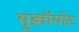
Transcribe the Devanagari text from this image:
युक्रॉयोट